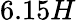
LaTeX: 6.15H